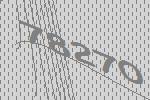
78270